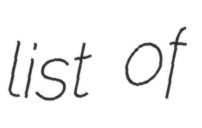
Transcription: list of